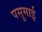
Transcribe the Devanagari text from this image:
पसुमाई